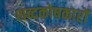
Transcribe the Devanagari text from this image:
शब्दकोषकारों